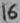
Text: 16